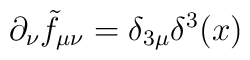
\partial_\nu \tilde f_{\mu\nu}=\delta_{3\mu}\delta^3(x)